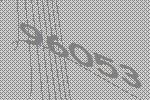
96053